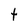
Character: t